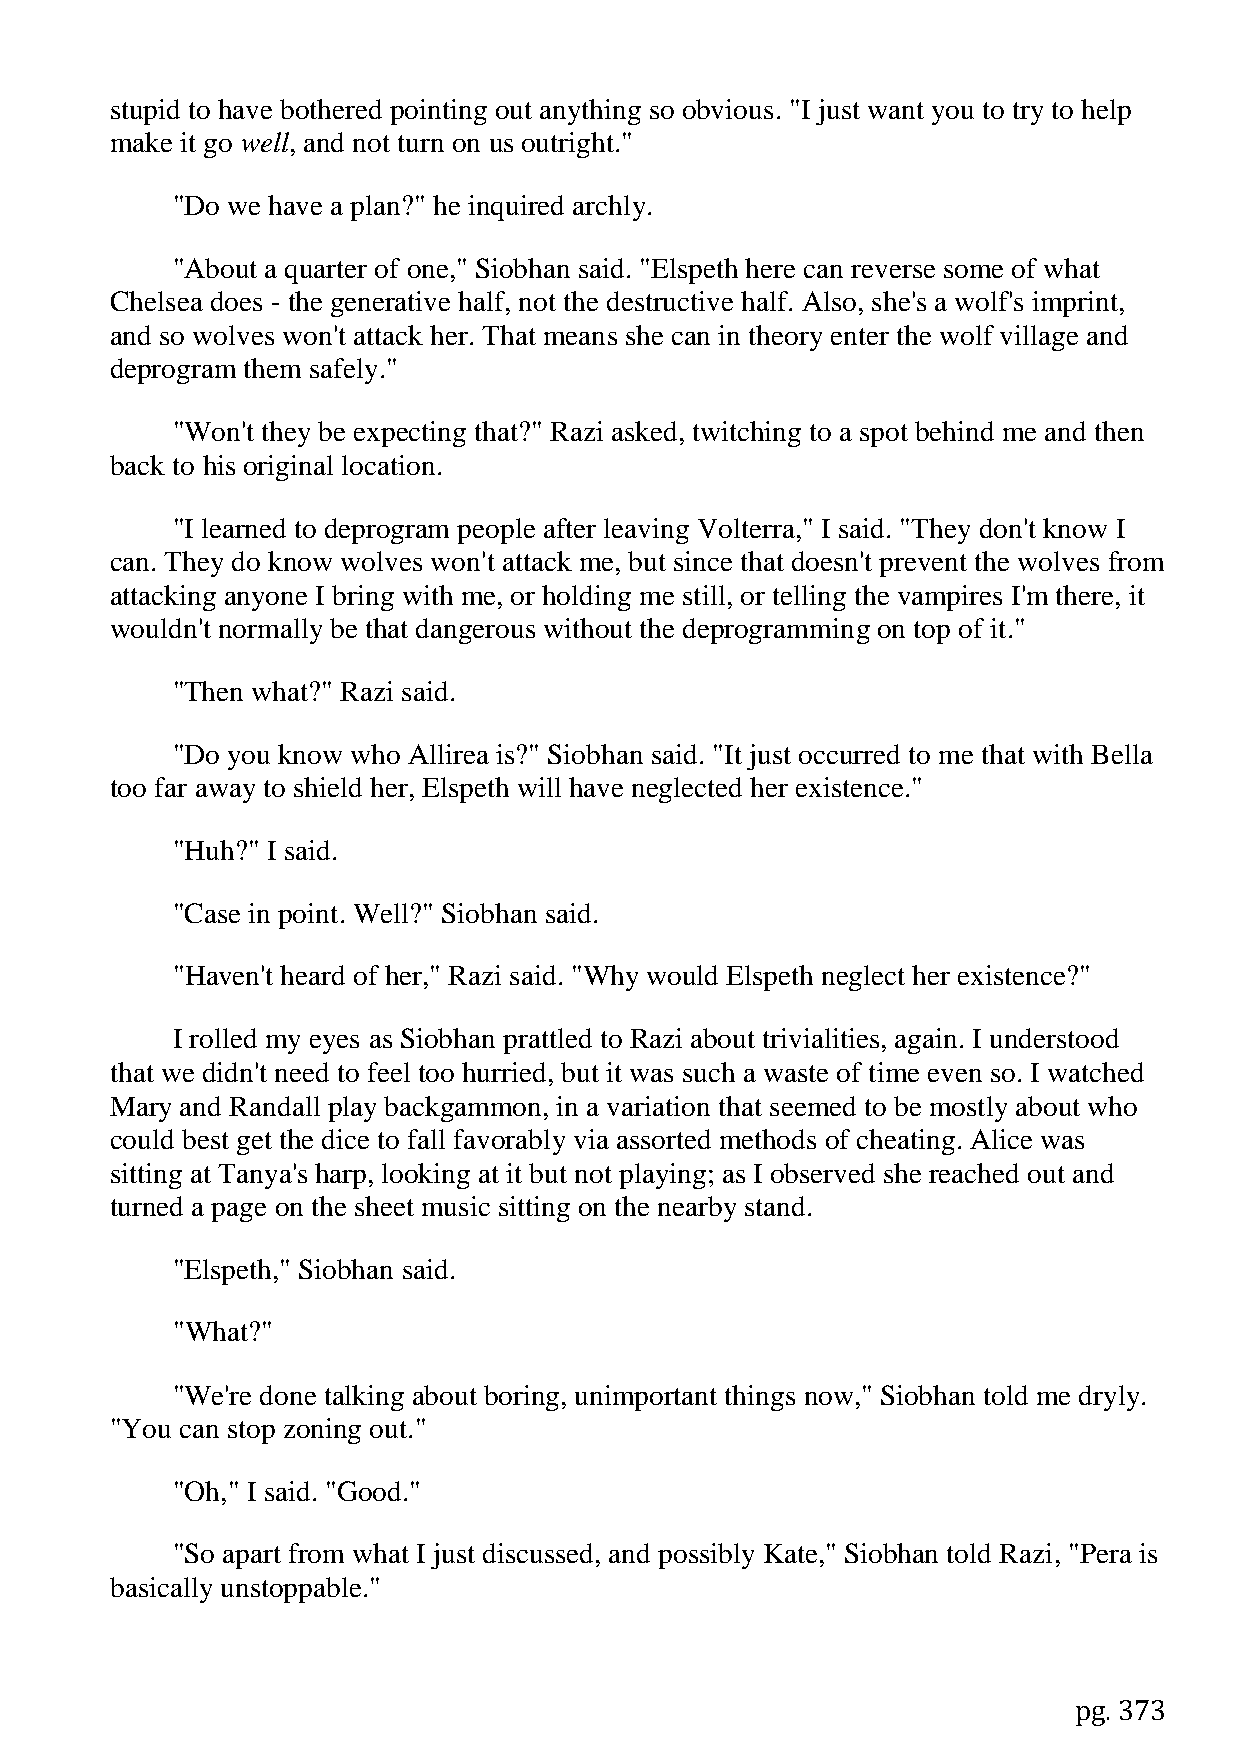
stupid to have bothered pointing out anything so obvious. "I just want you to try to help
 make it go well, and not turn on us outright."
 "Do we have a plan?" he inquired archly.
 "About a quarter of one," Siobhan said. "Elspeth here can reverse some of what
 Chelsea does - the generative half, not the destructive half. Also, she's a wolf's imprint,
 and so wolves won't attack her. That means she can in theory enter the wolf village and
 deprogram them safely."
 "Won't they be expecting that?" Razi asked, twitching to a spot behind me and then
 back to his original location.
 "I learned to deprogram people after leaving Volterra," I said. "They don't know I
 can. They do know wolves won't attack me, but since that doesn't prevent the wolves from
 attacking anyone I bring with me, or holding me still, or telling the vampires I'm there, it
 wouldn't normally be that dangerous without the deprogramming on top of it."
 "Then what?" Razi said.
 "Do you know who Allirea is?" Siobhan said. "It just occurred to me that with Bella
 too far away to shield her, Elspeth will have neglected her existence."
 "Huh?" I said.
 "Case in point. Well?" Siobhan said.
 "Haven't heard of her," Razi said. "Why would Elspeth neglect her existence?"
 I rolled my eyes as Siobhan prattled to Razi about trivialities, again. I understood
 that we didn't need to feel too hurried, but it was such a waste of time even so. I watched
 Mary and Randall play backgammon, in a variation that seemed to be mostly about who
 could best get the dice to fall favorably via assorted methods of cheating. Alice was
 sitting at Tanya's harp, looking at it but not playing; as I observed she reached out and
 turned a page on the sheet music sitting on the nearby stand.
 "Elspeth," Siobhan said.
 "What?"
 "We're done talking about boring, unimportant things now," Siobhan told me dryly.
 "You can stop zoning out."
 "Oh," I said. "Good."
 "So apart from what I just discussed, and possibly Kate," Siobhan told Razi, "Pera is
 basically unstoppable."
 pg. 373